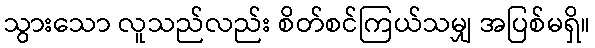
သွားသော လူသည်လည်း စိတ်စင်ကြယ်သမျှ အပြစ်မရှိ။